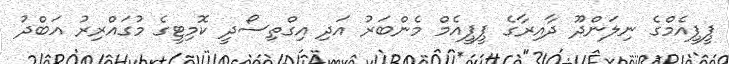
ޕީޕީއެމްގެ ނިލަންދޫ ދާއިރާގެ ޕީޕީއެމް މެންބަރު އަދި އިގްތިސޯދީ ކޮމިޓީގެ މުގައްރިރު އަބްދު